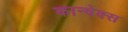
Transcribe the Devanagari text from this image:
कान्वेक्स